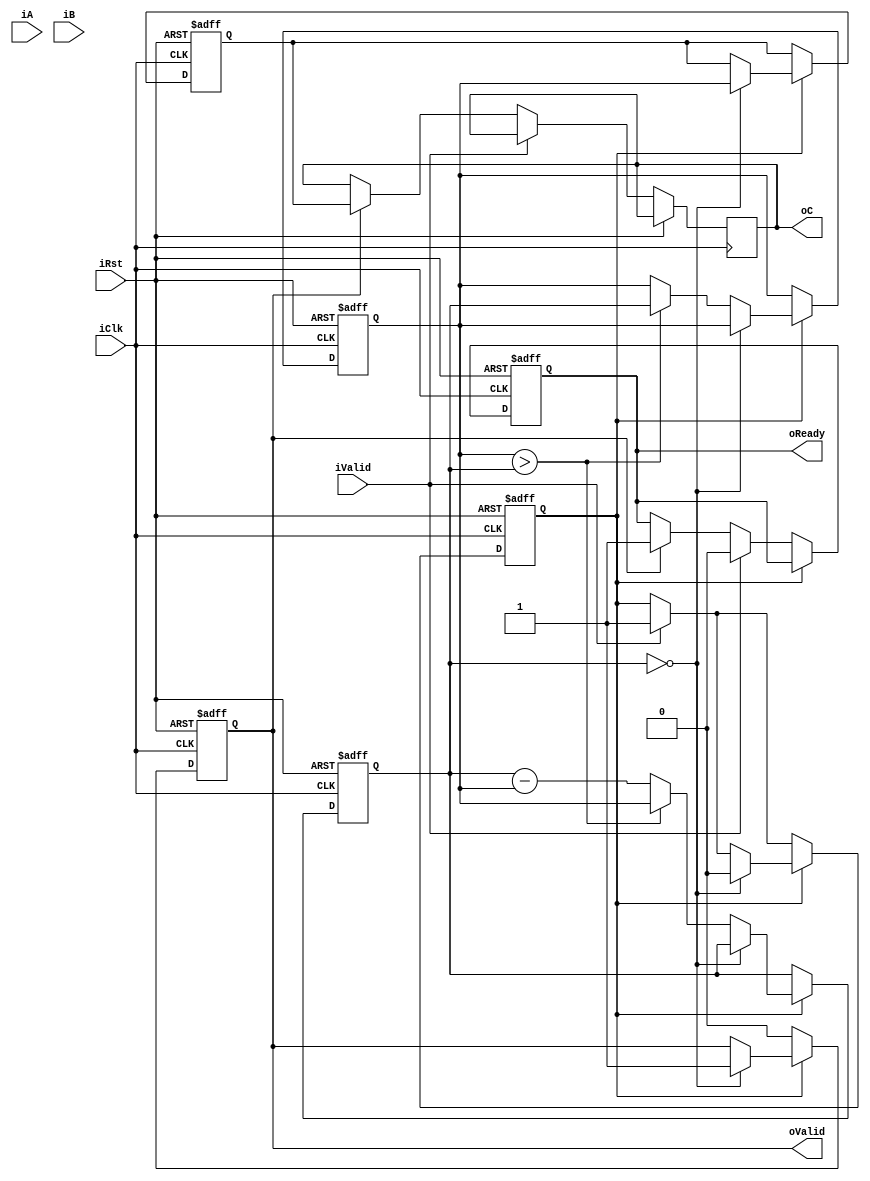
/*
 *		(G)reatest (C)ommon (D)ivider
 * 			Khai Minh Ma - 2023
 */

module gcd (
	input wire			iClk,
	input wire			iRst,

	input wire			iValid,
	input wire [15:0]	iA,
	input wire [15:0]  	iB,

	output reg			oValid, // ?? what for
	output reg			oReady,	// USED
	output reg [15:0]	oC
	);


reg [15:0] 	internal_input_A;
reg [15:0] 	internal_input_B;
reg [15:0]	internal_Swap;
reg 		internal_Run;

reg [15:0] 	internal_output_C;


always@(posedge iClk or posedge iRst)
begin

	if(iRst)					// if reset - reset
	begin
		internal_input_A 	<= 16'd0;
		internal_input_B 	<= 16'd0;
		internal_Swap 		<= 16'd0;
		internal_Run 		<= 1'b0;

		internal_output_C 	<= 16'd0;

		oValid 				<= 1'b0;
		oReady 				<= 1'b0;
	end


	// -----------------------------------------------------------------------------------------------
	else 
	begin 						// if not reset - then operate
								
		if(iValid)				// input is valid - get input, reset and config some control signals
		begin
			internal_input_A <= iA;
			internal_input_B <= iB;
			internal_Run 	 <= 1'b1;

			oValid 	<= 1'b0;
			oReady 	<= 1'b0;
		end

		else if (oValid)
		begin
			oReady 		<= oValid; 
			oValid 		<= 1'b0;
			oC 			<= internal_output_C;
		end




		if(internal_Run)
		begin

			oValid 		<= oValid;
			oReady 		<= oReady;

			if(internal_input_B == 16'd0)
			begin
				internal_Run 		<= 1'b0;
				oValid 				<= 1'b1;
				internal_output_C 	<= internal_input_A;
			end

			else if (internal_input_A > internal_input_B) 
			begin
				internal_Swap 	 = internal_input_A;
				internal_input_A = internal_input_B;
				internal_input_B = internal_Swap;
			end

			else
				internal_input_B <= internal_input_B - internal_input_A;

		end

	end
	// -----------------------------------------------------------------------------------------------





end

endmodule